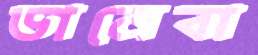
ডানেবা